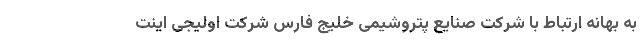
به بهانه ارتباط با شرکت صنایع پتروشیمی خلیج فارس شرکت اولیجی اینت